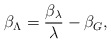
\begin{align*}\beta_{\Lambda} = \frac{\beta_{\lambda}}{\lambda} - \beta_G,\end{align*}